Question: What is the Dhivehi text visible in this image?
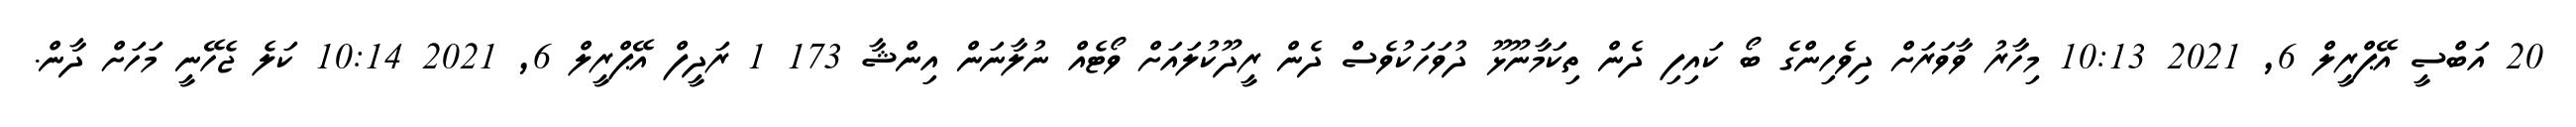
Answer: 20 އަބްސީ އޭޕްރީލް 6, 2021 10:13 މިހާރު ވާވަރަށް ދިވެހިންގެ ބޯ ކައިފި ދެން ތިކަމާނޫޅޫ ދުވަހަކުވެސް ދެން ރީދޫކުލައަށް ވޯޓެއް ނުލާނަން އިންޝާ 173 1 ރަދީފް އޭޕްރީލް 6, 2021 10:14 ކަލެ ޖެހޭނީ މަހަށް ދާން.